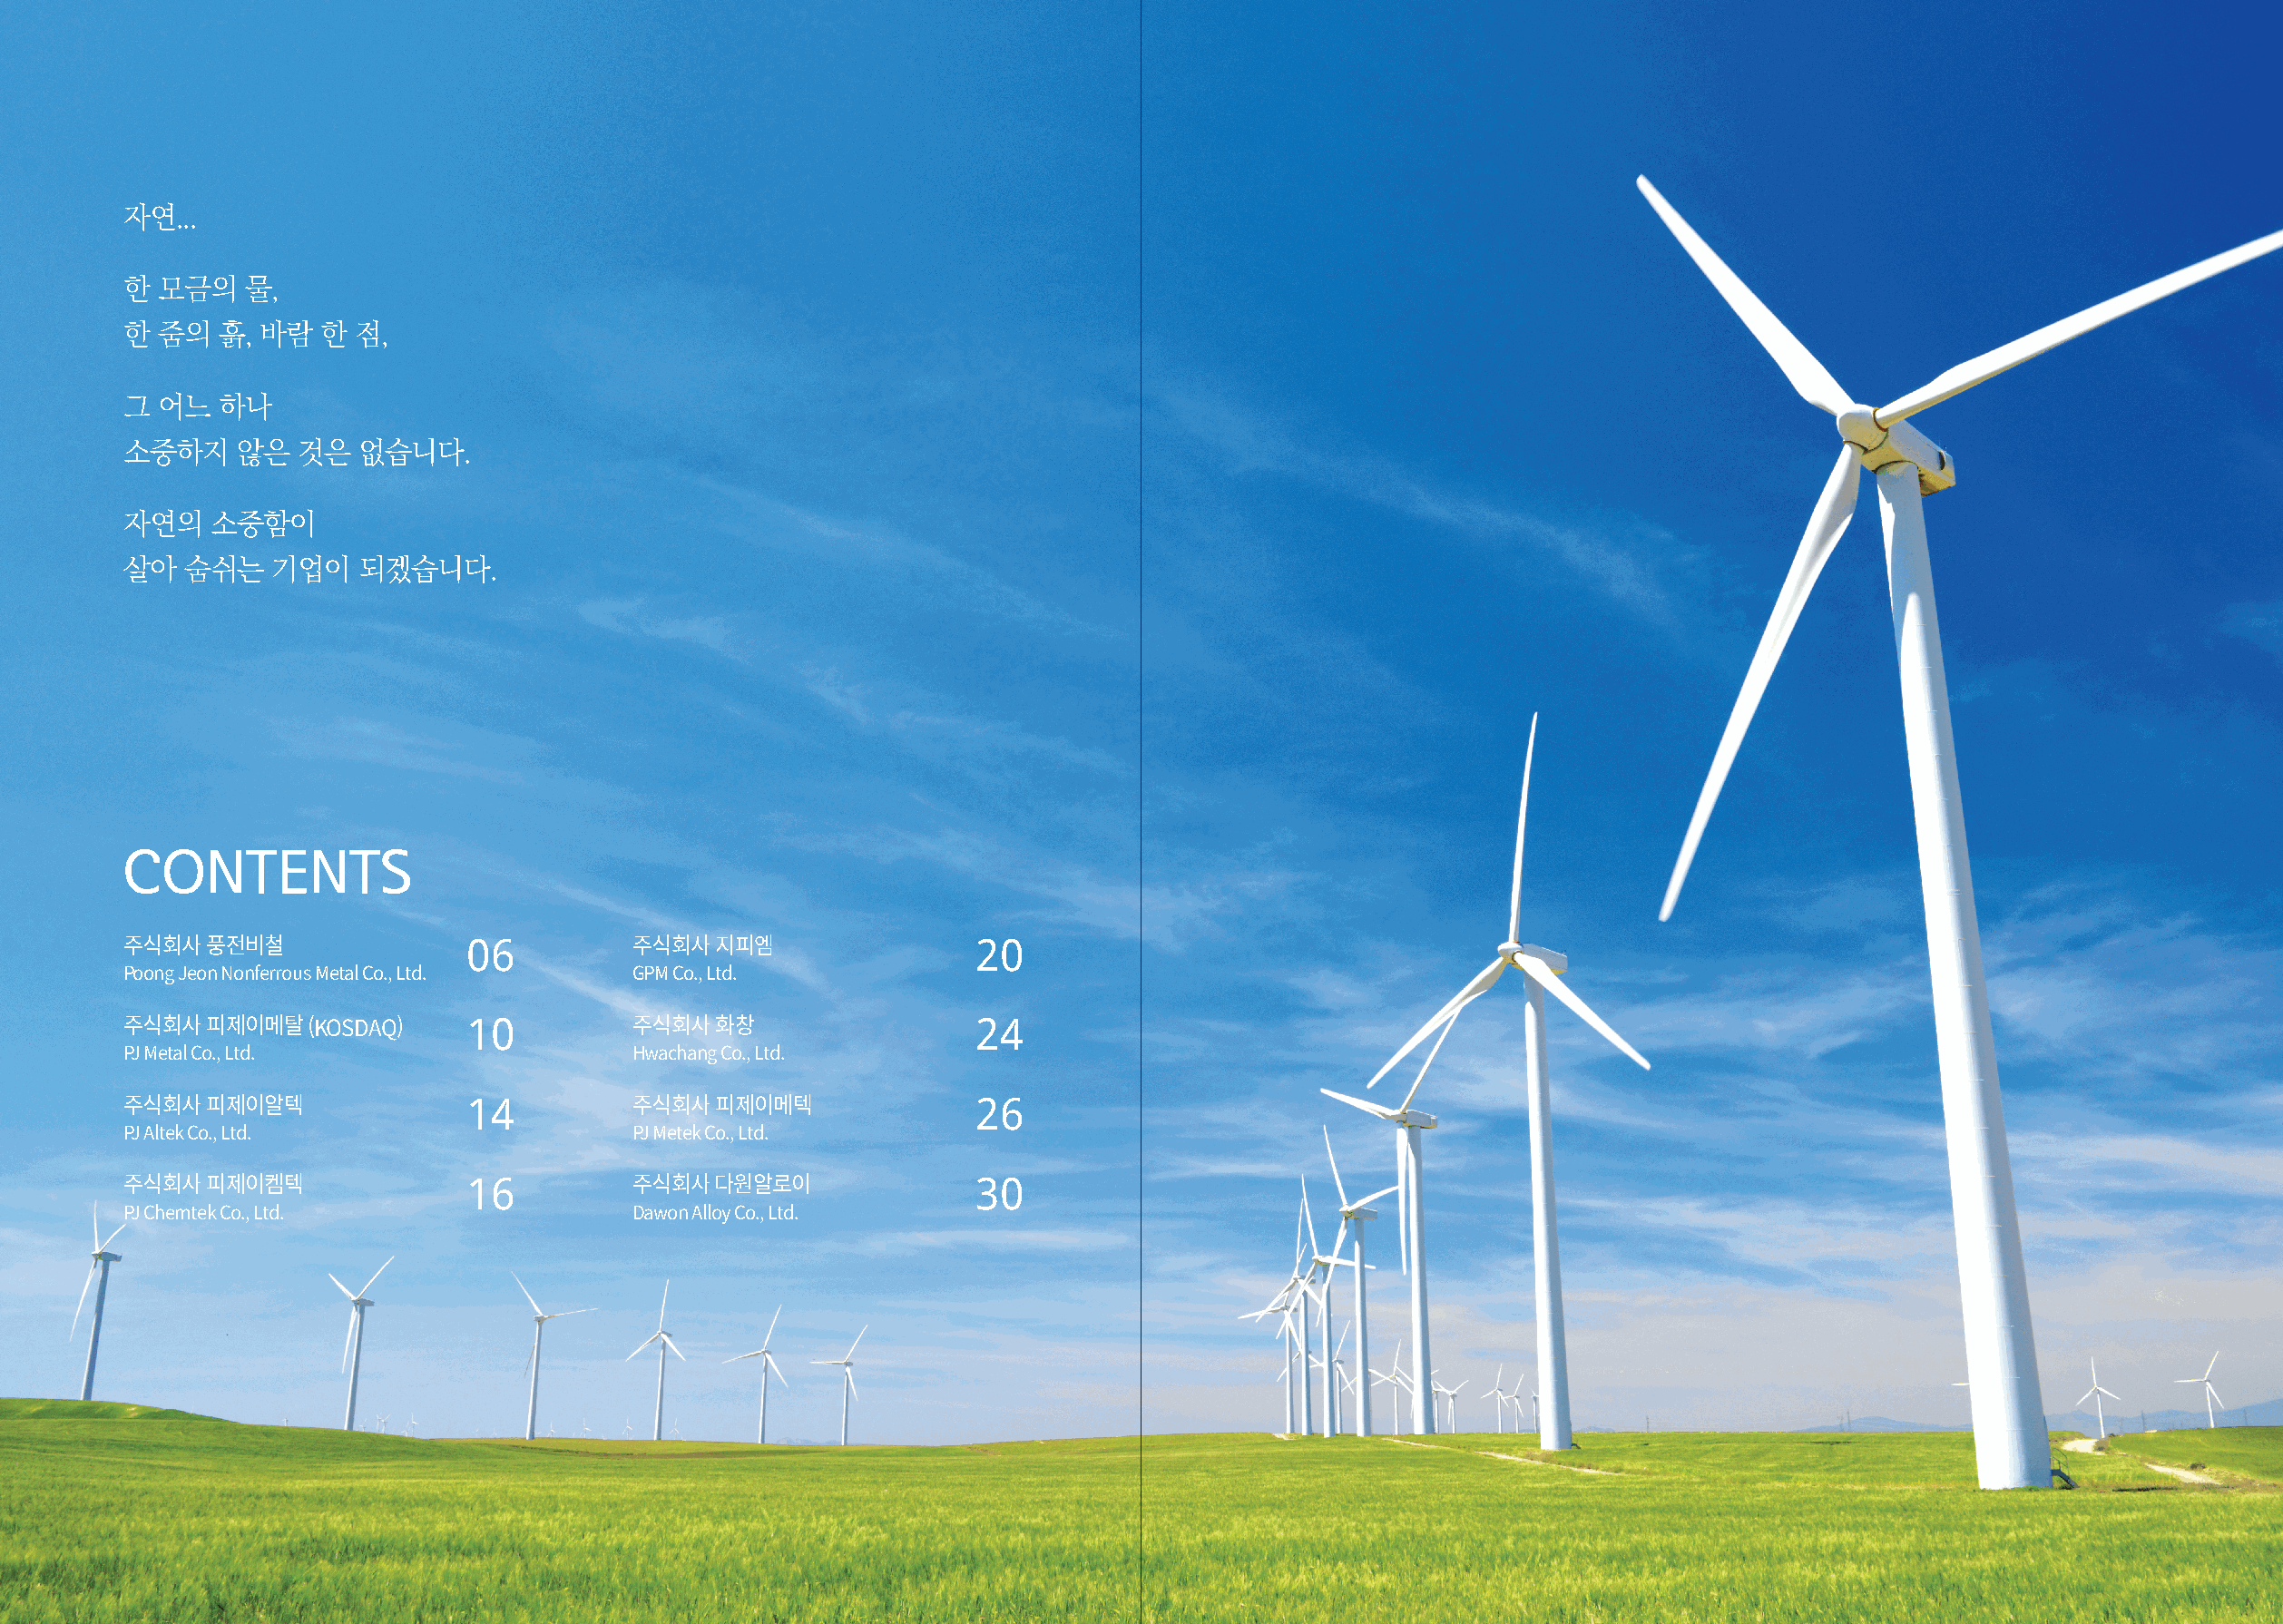
자연...
 한  모금의   물,
 한  줌의  흙, 바람  한  점,
 그  어느  하나
 소중하지    않은   것은  없습니다.
 자연의   소중함이
 살아  숨쉬는    기업이   되겠습니다.
 CONTENTS
 06                                   20
 주식회사  풍전비철                           주식회사  지피엠
 Poong Jeon Nonferrous Metal Co., Ltd. GPM Co., Ltd.
 10                                   24
 주식회사  피제이메탈  (KOSDAQ)                주식회사  화창
 PJ Metal Co., Ltd.                   Hwachang Co., Ltd.
 14                                   26
 주식회사  피제이알텍                          주식회사  피제이메텍
 PJ Altek Co., Ltd.                   PJ Metek Co., Ltd.
 16                                   30
 주식회사  피제이켐텍                          주식회사  다원알로이
 PJ Chemtek Co., Ltd.                 Dawon Alloy Co., Ltd.